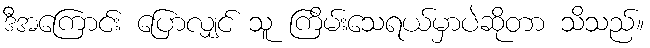
ဒီအကြောင်း ပြောလျှင် သူ ကြိမ်းသေရယ်မှာပဲဆိုတာ သိသည်။